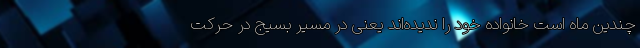
چندین ماه است خانواده خود را ندیده‌اند یعنی در مسیر بسیج در حرکت